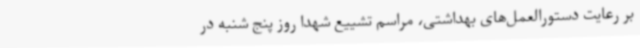
بر رعایت دستورالعمل‌های بهداشتی، مراسم تشییع شهدا روز پنج شنبه در